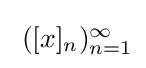
{\textstyle \;([x]_{n})_{n=1}^{\infty }}